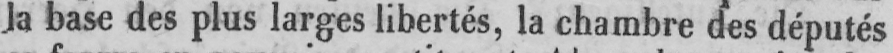
Ja base des plus larges libertés, la chambre des députés